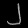
Digit: ၂